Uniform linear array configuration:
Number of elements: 12
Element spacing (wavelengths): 0.25
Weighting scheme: exponential
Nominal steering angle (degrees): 0
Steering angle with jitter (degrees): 1.339
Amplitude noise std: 0.05
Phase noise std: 0.05

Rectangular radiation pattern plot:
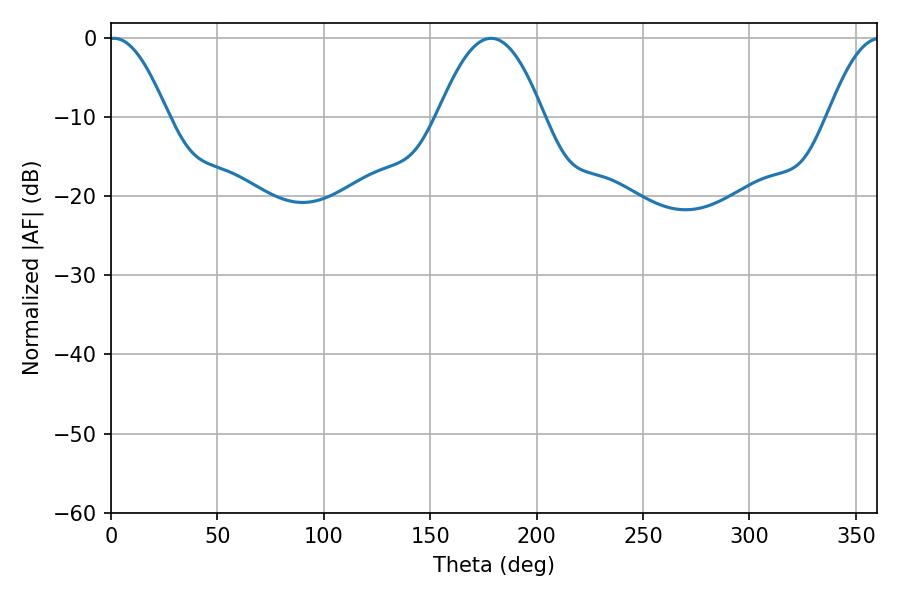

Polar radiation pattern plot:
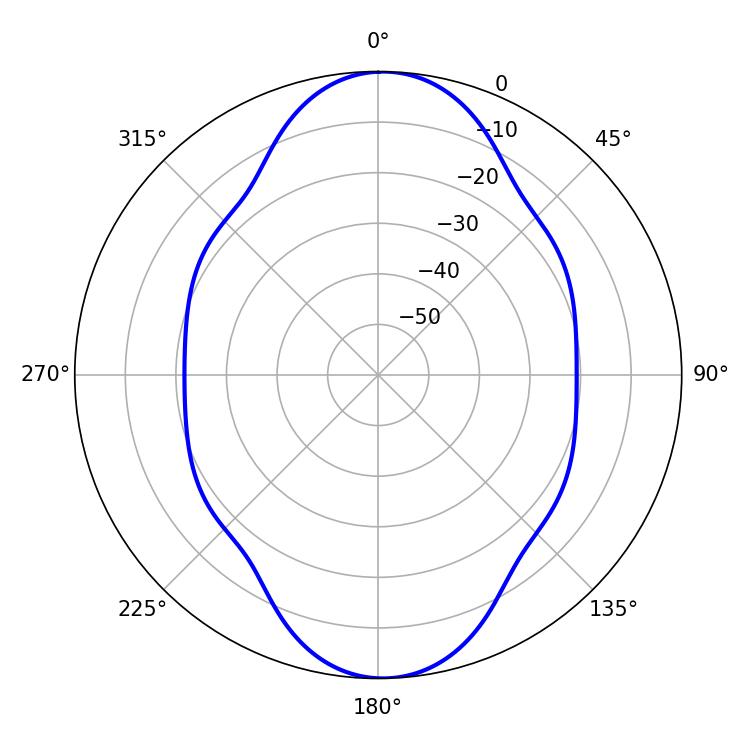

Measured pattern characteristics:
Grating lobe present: FALSE
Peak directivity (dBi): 17.8
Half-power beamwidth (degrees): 14.94
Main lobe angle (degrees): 1.44